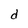
Character: d